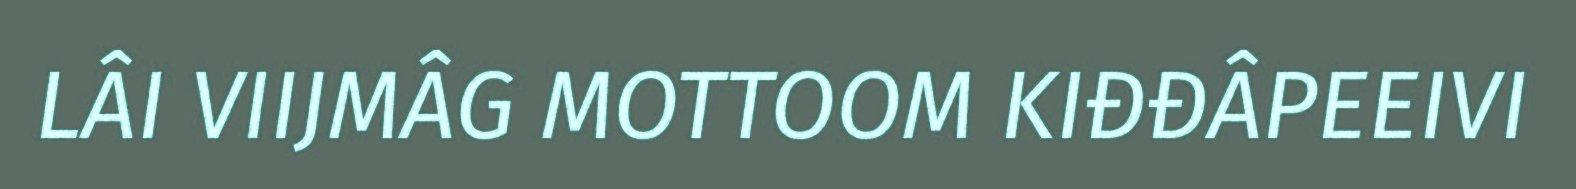
LÂI VIIJMÂG MOTTOOM KIĐĐÂPEEIVI